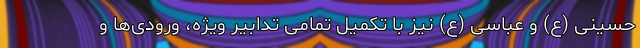
حسینی (ع) و عباسی (ع) نیز با تکمیل تمامی تدابیر ویژه، ورودی‌ها و